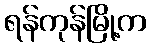
ရန်ကုန်မြို့က